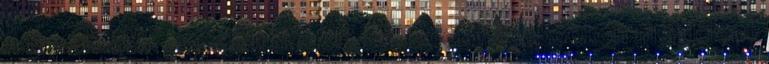
A lap az LMP-s Sallai Róbert Benedek Facebookon megjelent